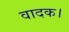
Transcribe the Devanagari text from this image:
वादक।